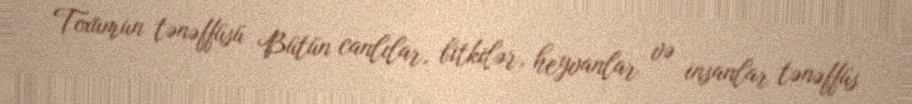
Toxumun tənəffüsü Bütün canlılar, bitkilər, heyvanlar və insanlar tənəffüs